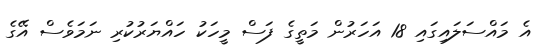
އެ މައްސަލައިގައި 18 އަހަރުން މަތީގެ ފަސް މީހަކު ހައްޔަރުކުރި ނަމަވެސް އޭގެ